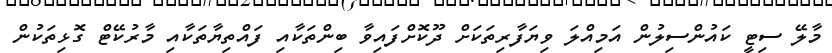
މާލޭ ސިޓީ ކައުންސިލުން އަމިއްލަ ވިޔަފާރިތަކަށް ދޫކޮށްފައިވާ ބިންތަކާއި ފައްތިޔާތަކާއި މާރުކޭޓް ގޮޅިތަކުން